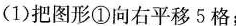
(1)把图形①向右平移5格；